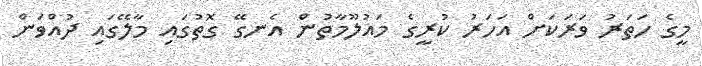
މީގެ ހަތަރު ވަރަކަށް އަހަރު ކުރީގެ މައުލޫމާތުން އެނގޭ ގޮތުގައި މާލޭގައި ދުއްވަން